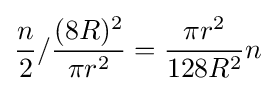
{\frac {n}{2}}/{\frac {(8R)^{2}}{\pi r^{2}}}={\frac {\pi r^{2}}{128R^{2}}}n